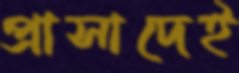
প্রাসাদেই